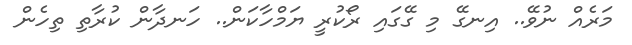
މަރެއް ނުވޭ.. އިނގޭ މި ގޭގައި ރޯކުރީ ޔަމްހާކަން.. ހަނދާން ކުރާތި ތިހެން